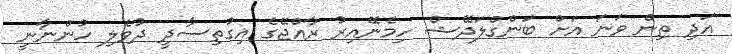
އަދި ތިން ވަނަ އަށް ބަންގްލަދޭޝް ހިމެނޭއިރު ރާއްޖޭގެ އިގުތިސާދީ ދުވެލި ހުންނާނީ